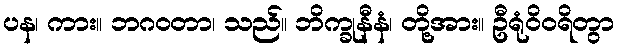
ပန၊ ကား။ ဘဂဝတာ၊ သည်။ ဘိက္ခုနီနံ၊ တို့အား။ ဦရုံဝိဝရိတွာ